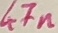
Text: 47n